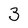
Character: 3